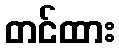
တင်ထား